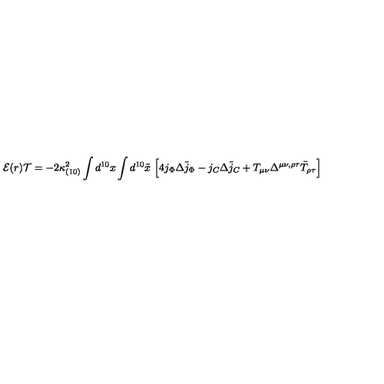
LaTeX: { \cal E } ( r ) { \cal T } = - 2 \kappa _ { ( 1 0 ) } ^ { 2 } \int d ^ { 1 0 } x \int d ^ { 1 0 } { \tilde { x } } \ \Bigl [ 4 j _ { \Phi } \Delta { \tilde { j } _ { \Phi } } - j _ { C } \Delta { \tilde { j } _ { C } } + T _ { \mu \nu } \Delta ^ { \mu \nu , \rho \tau } { \tilde { T } } _ { \rho \tau } \Bigr ]